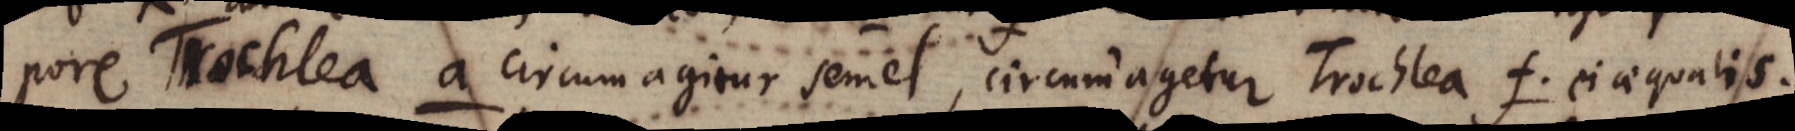
pore Trochlea a circumagitur semel, circumagetur Trochlea f ei aequalis